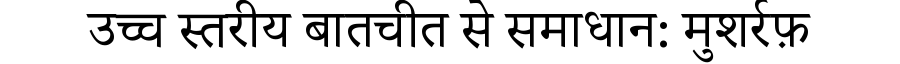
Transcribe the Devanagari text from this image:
उच्च स्तरीय बातचीत से समाधान: मुशर्रफ़